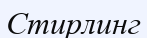
Стирлинг